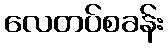
လေတပ်စခန်း